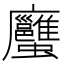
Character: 𧖇